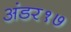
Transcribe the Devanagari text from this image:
अंडर१७